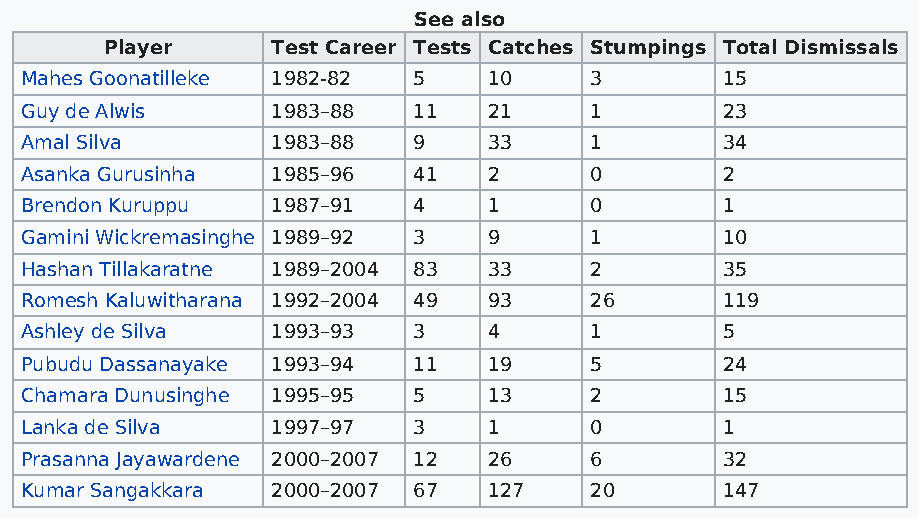
See also
 Player     Test Career Tests Catches Stumpings Total Dismissals
 Mahes Goonatilleke 1982-82 5   10     3        15
 Guy de Alwis     1983–88  11   21     1        23
 Amal Silva       1983–88  9    33     1        34
 Asanka Gurusinha 1985–96  41   2      0        2
 Brendon Kuruppu  1987–91  4    1      0        1
 Gamini Wickremasinghe 1989–92 3 9     1        10
 Hashan Tillakaratne 1989–2004 83 33   2        35
 Romesh Kaluwitharana 1992–2004 49 93  26       119
 Ashley de Silva  1993–93  3    4      1        5
 Pubudu Dassanayake 1993–94 11  19     5        24
 Chamara Dunusinghe 1995–95 5   13     2        15
 Lanka de Silva   1997–97  3    1      0        1
 Prasanna Jayawardene 2000–2007 12 26  6        32
 Kumar Sangakkara 2000–2007 67  127    20       147